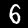
Label: 6